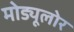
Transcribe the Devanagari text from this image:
मोड्यूलोर